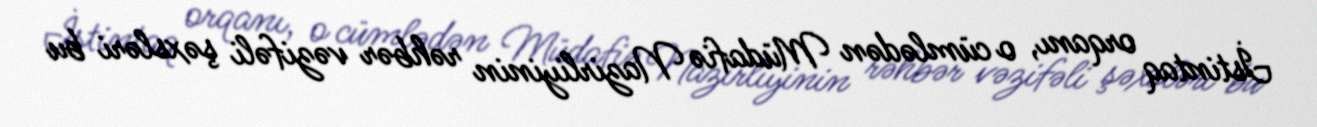
İstintaq orqanı, o cümlədən Müdafiə Nazirliyinin rəhbər vəzifəli şəxsləri bu